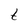
Character: t